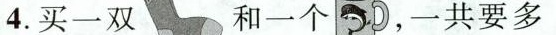
4.买一双和一个，一共要多